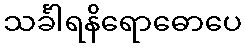
သင်္ခါရနိရောဓောပေ